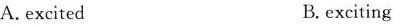
A. excited B. exciting